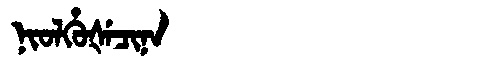
Manchu: ᠨᡳᠣᠯᡥᡠᡧᡝᠴᡳᠨᠠ
Romanization: NIOLHUŠECINA